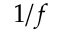
1 / f